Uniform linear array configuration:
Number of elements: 64
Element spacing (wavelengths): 1
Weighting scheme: exponential
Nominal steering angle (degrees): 45
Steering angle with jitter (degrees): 45.923
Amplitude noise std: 0.05
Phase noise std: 0.05

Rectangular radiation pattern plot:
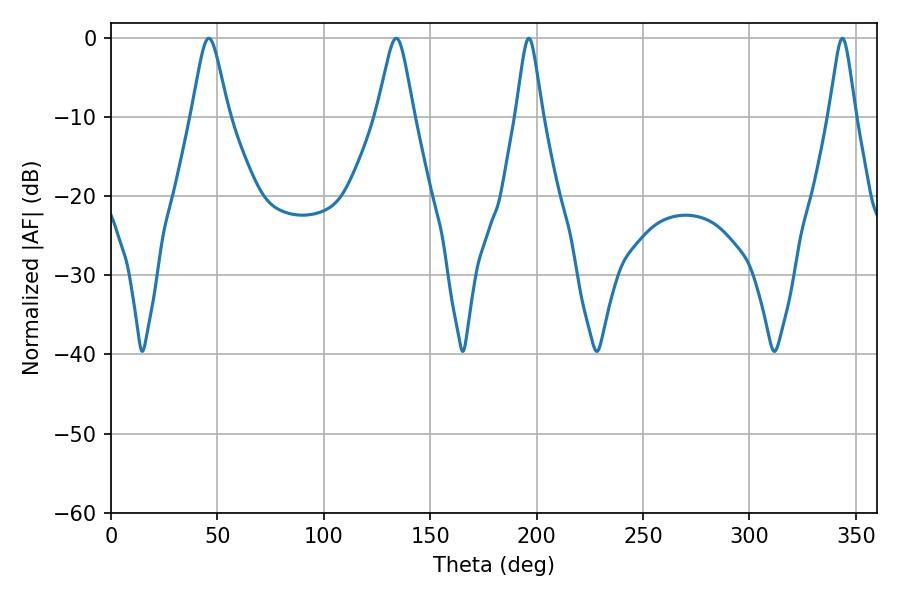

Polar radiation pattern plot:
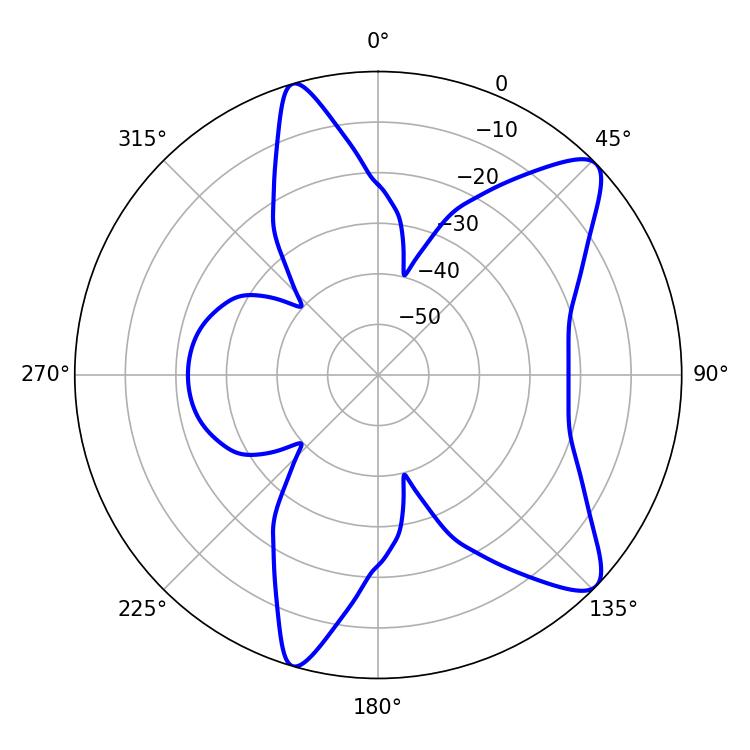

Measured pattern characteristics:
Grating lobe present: TRUE
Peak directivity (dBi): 10.24
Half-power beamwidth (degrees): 8.28
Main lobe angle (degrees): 45.9